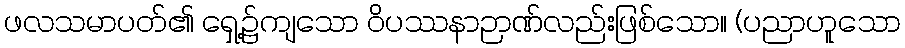
ဖလသမာပတ်၏ ရှေ့၌ကျသော ဝိပဿနာဉာဏ်လည်းဖြစ်သော။ (ပညာဟူသော